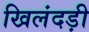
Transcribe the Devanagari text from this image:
खिलंदड़ी